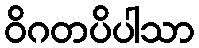
ဝိဂတပိပါသာ